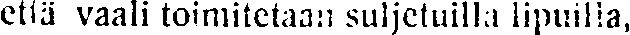
että vaali toimitetaan suljetuilla lipuilla,